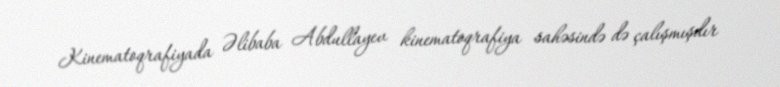
Kinematoqrafiyada Əlibaba Abdullayev kinematoqrafiya sahəsində də çalışmışdır